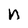
Character: n